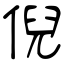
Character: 倪